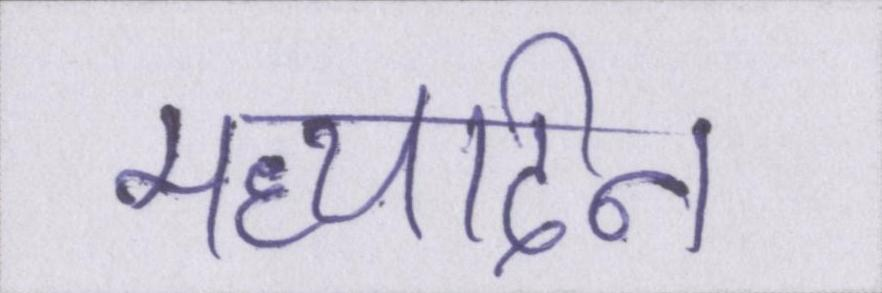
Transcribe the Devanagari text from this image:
मध्यदिन